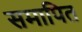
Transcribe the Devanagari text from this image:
समापित